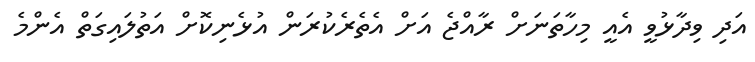
އަދި ވިދާޅުވީ އެއީ މިހާތަނަށް ރާއްޖެ އަށް އެތެރެކުރަން އުޅެނިކޮށް އަތުލައިގަތް އެންމެ